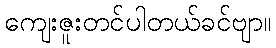
ကျေးဇူးတင်ပါတယ်ခင်ဗျာ။